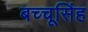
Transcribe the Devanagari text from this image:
बच्चूसिंह